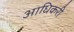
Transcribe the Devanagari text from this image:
आधिकरी